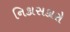
નિકાસકારો